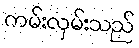
ကမ်းလှမ်းသည်